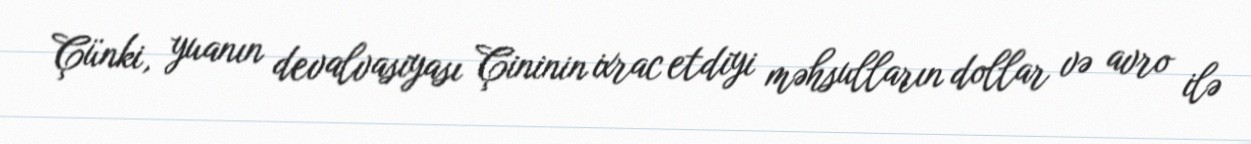
Çünki, yuanın devalvasiyası Çininin ixrac etdiyi məhsulların dollar və avro ilə